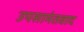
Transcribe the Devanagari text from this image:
उपसामंतवाद